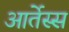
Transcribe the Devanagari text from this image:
आर्तेस्स